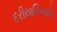
દરીયાકિનારો